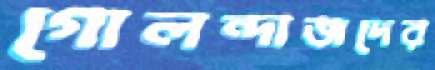
গোলন্দাজদের